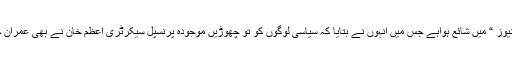
سینئرصحافی سلیم صافی کا کالم مقامی اخبار ” جنگ نیوز “ میں شائع ہواہے جس میں انہوں نے بتایا کہ سیاسی لوگوں کو تو چھوڑیں موجودہ پرنسپل سیکرٹری اعظم خان نے بھی عمران خان تک پہنچنے کے لئے ان کا روٹ استعمال کیا تھا۔